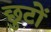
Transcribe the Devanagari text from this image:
छुटों